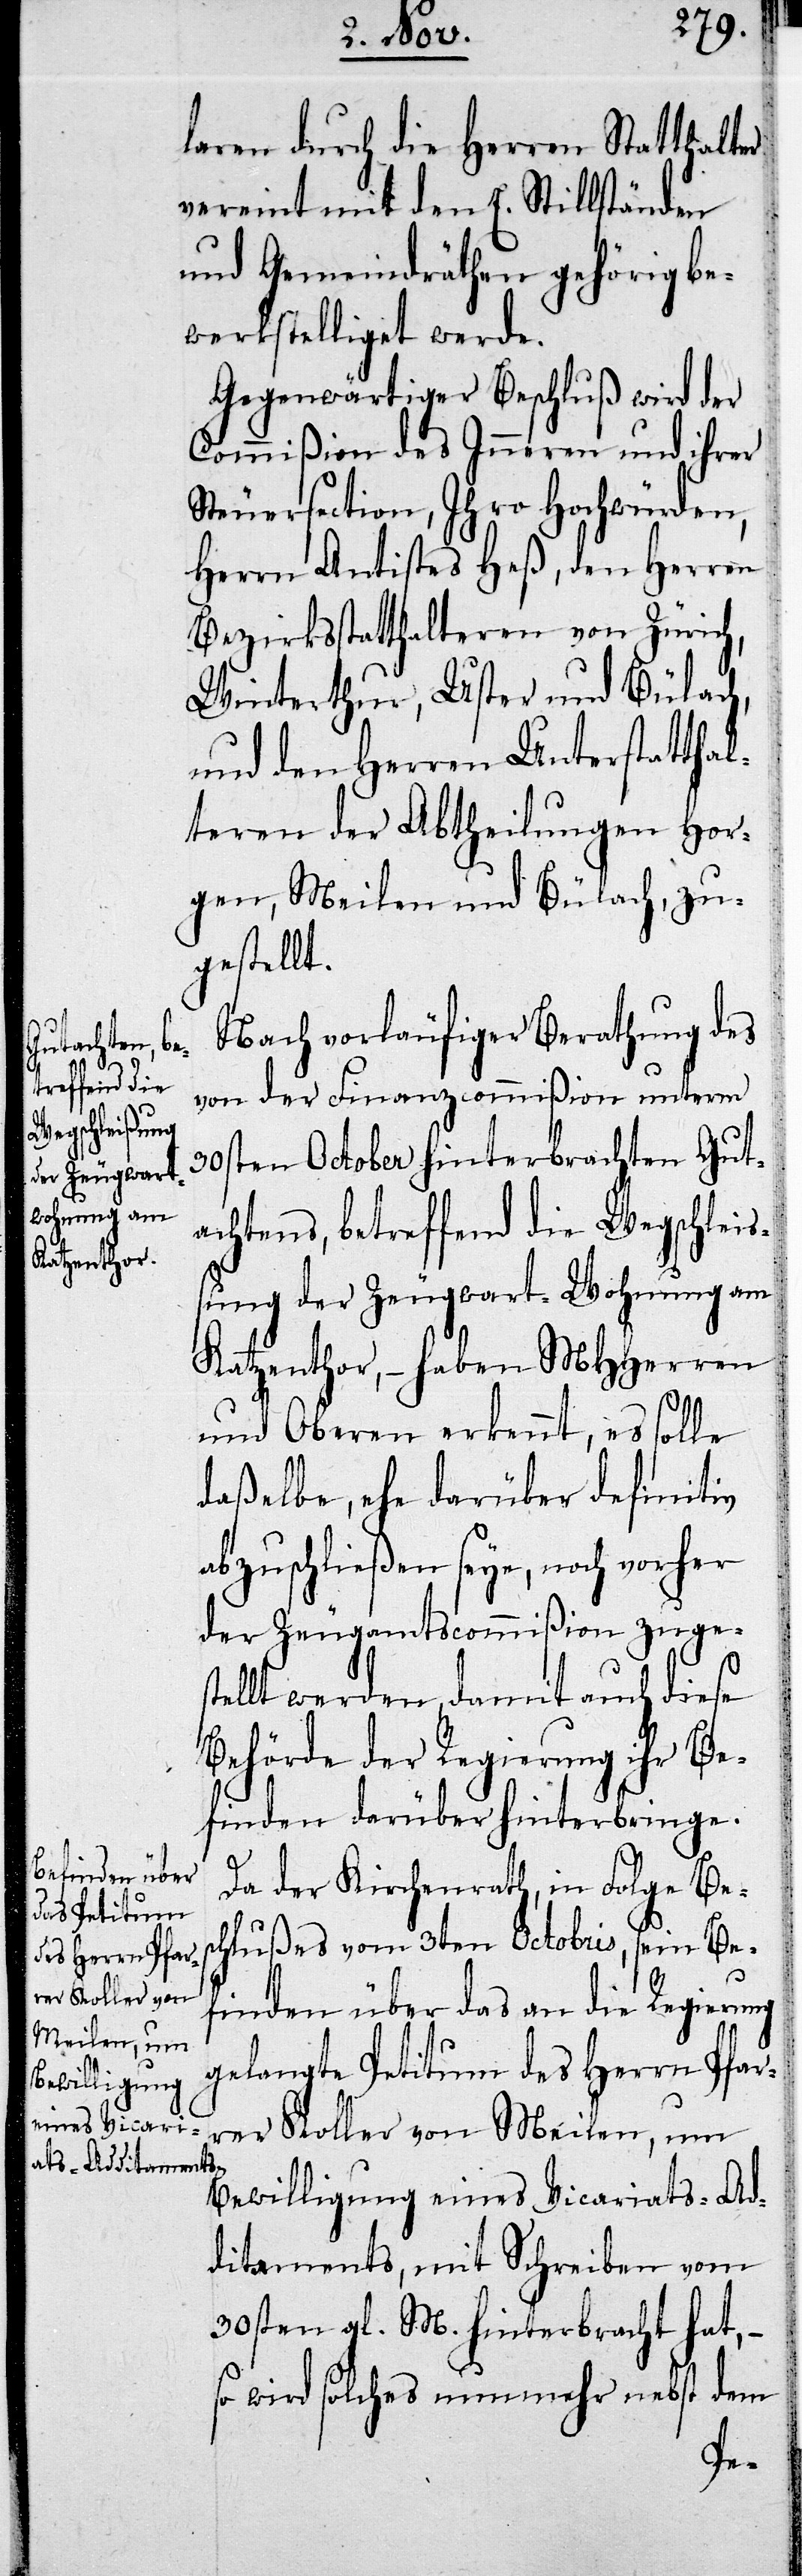
laren durch die Herren Statthalter
vereint mit den E. Stillständen
und Gemeindräthen gehörig be¬
werkstelliget werde.
Gegenwärtiger Beschluß wird der
Commißion des Inneren und ihrer
Steuersection, Ihro Hochwürden,
Herrn Antistes Heß, den Herren
Bezirksstatthalteren von Zürich,
Winterthur, Uster und Bülach,
und den Herren Unterstatthal¬
teren der Abtheilung Hor¬
gen, Meilen und Bülach, zu¬
gestellt.
Nach vorläufiger Berathung des
von der Finanzcommißion unterm
30sten October hinterbrachten Gut¬
achtens, betreffend die Wegschleiß¬
ung der Zeugwart-Wohnung am
Katzenthor, – haben MHHerren
und Oberen erkannt, es solle
daßelbe, ehe darüber definitiv
abzuschließen seye, noch vorher
der Zeugamtscommißion zuges¬
tellt werden, damit auch dieses
Behörde der Regierung ihr Be¬
finden darüber hinterbringe.
Da der Kirchenrath, in Folge Bes¬
chlußes vom 3ten Octobris, sein Be¬
finden über das an die Regierung
gelangte Petitum des Herrn Pfar¬
rer Koller von Meilen, um
Bewilligung eines Vicariats-Ad¬
ditaments, mit Schreiben vom
30sten gl. M. hinterbracht hat, –
so wird solches nunmehr nebst dem